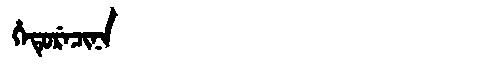
Manchu: ᡥᡝᡨᡠᡵᡝᠴᡳᠨᠠ
Romanization: HETURECINA